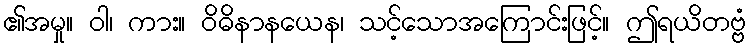
၏အမှု။ ဝါ၊ ကား။ ဝိဓိနာနယေန၊ သင့်သောအကြောင်းဖြင့်။ ဤရယိတဗ္ဗံ